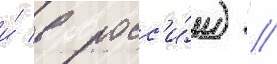
и́ в росс'и́и) /